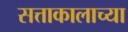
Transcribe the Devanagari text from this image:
सत्ताकालाच्या